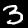
Label: 3